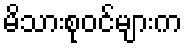
မိသားစုဝင်များက